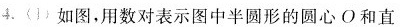
4. (1) 如图，用数对表示图中半圆形的圆心O和直